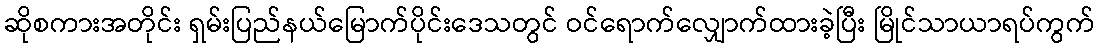
ဆိုစကားအတိုင်း ရှမ်းပြည်နယ်မြောက်ပိုင်းဒေသတွင် ဝင်ရောက်လျှောက်ထားခဲ့ပြီး မြိုင်သာယာရပ်ကွက်